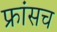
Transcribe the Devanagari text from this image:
फ्रांसच